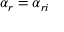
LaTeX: \alpha _ { r } = \alpha _ { r i }